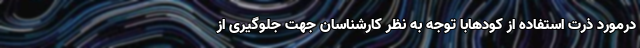
درمورد ذرت استفاده از کودهابا توجه به نظر کارشناسان جهت جلوگیری از